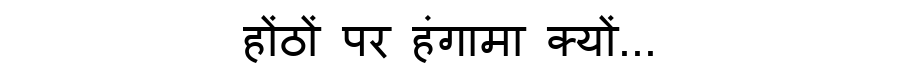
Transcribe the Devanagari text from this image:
होंठों पर हंगामा क्यों...